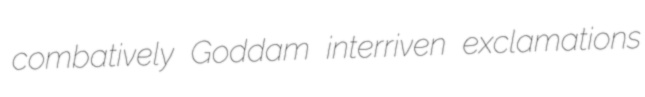
combatively Goddam interriven exclamations